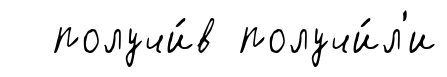
получи́в получи́л'и